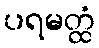
ပရမတ္ထံ